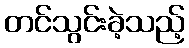
တင်သွင်းခဲ့သည့်